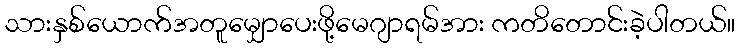
သားနှစ်ယောက်အတူမျှောပေးဖို့မေဂျာရမ်အား ကတိတောင်းခဲ့ပါတယ်။